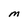
Character: M